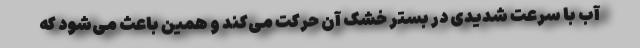
آب با سرعت شدیدی در بستر خشک آن حرکت می‌کند و همین باعث می‌شود که